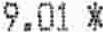
9.01 *